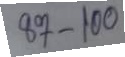
87 - 100